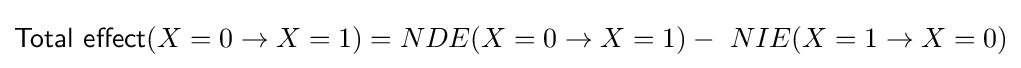
{\mathsf {Total\ effect}}(X=0\rightarrow X=1)=NDE(X=0\rightarrow X=1)-\ NIE(X=1\rightarrow X=0)